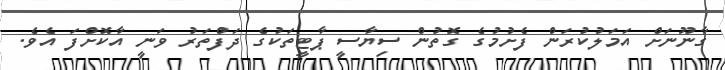
ގާނޫނަށް އަމަލުކުރަން ފެށުމުގެ ގޮތުން ސިޔާސީ ޕާޓީތަކުގެ ދަފްތަރު ވަނީ އާކޮށްފަ އެވެ.